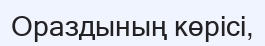
Ораздының көрісі,